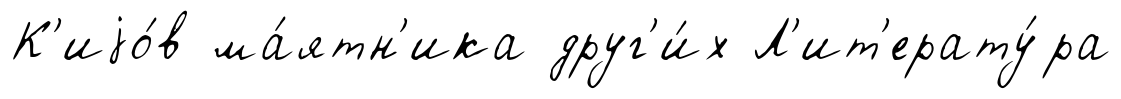
К'иjо́в ма́ятн'ика друг'и́х Л'ит'ерату́ра